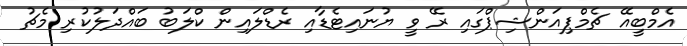
އެމްބީއޭ ޗެމްޕިއަންޝިޕްގައި ރޭ ވީ ޔުނައިޓެޑާއި ރެޑްލައިން ކްލަބު ބައްދަލުކުރި މެޗު